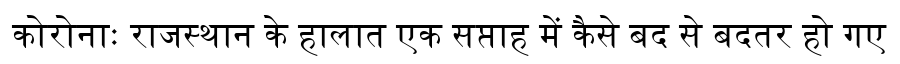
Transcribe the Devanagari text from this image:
कोरोनाः राजस्थान के हालात एक सप्ताह में कैसे बद से बदतर हो गए